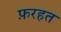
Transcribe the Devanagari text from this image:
फ़रहत